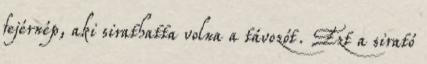
fejérnép, aki sirathatta volna a távozót. Ezt a sirató